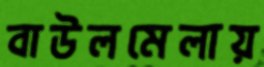
বাউলমেলায়